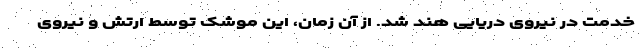
خدمت در نیروی دریایی هند شد. از آن زمان، این موشک توسط ارتش و نیروی